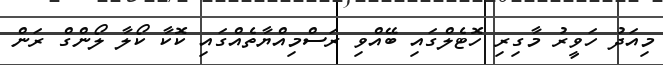
މިއަދު ހަވީރު މާގިރި ހޮޓެލްގައި ބޭއްވި ރަސްމިއްޔާތެއްގައި ކޮކާ ކޯލާ ލޯންގް ރަން